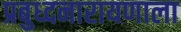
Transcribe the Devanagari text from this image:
प्रबुध्दनारायणाला